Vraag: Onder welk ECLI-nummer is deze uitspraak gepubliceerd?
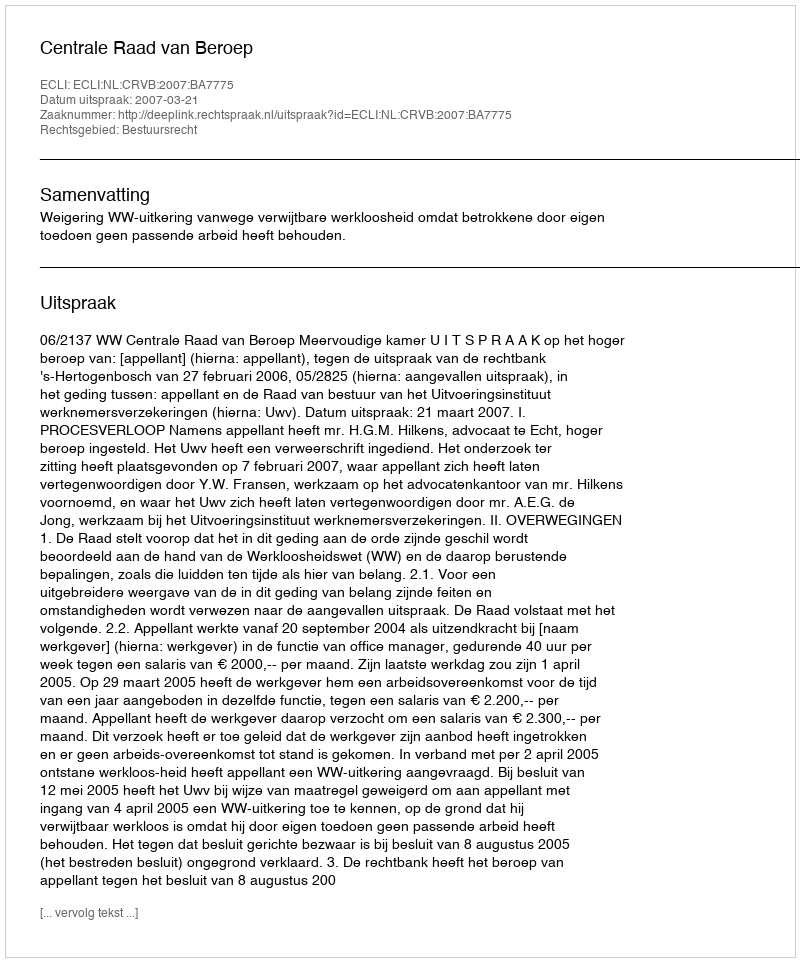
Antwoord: ECLI:NL:CRVB:2007:BA7775